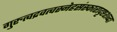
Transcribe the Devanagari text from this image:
गुरुत्वद्रवत्वस्नेहसंस्कारादृष्टशब्दा